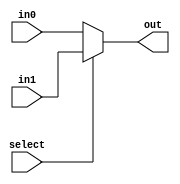
module combinational_mux2 (input in1,in0, select, output reg out);
    always @ (in1 or in0 or select)
    begin
        if (select)
            out = in1;
        else
            out = in0;
    end
endmodule